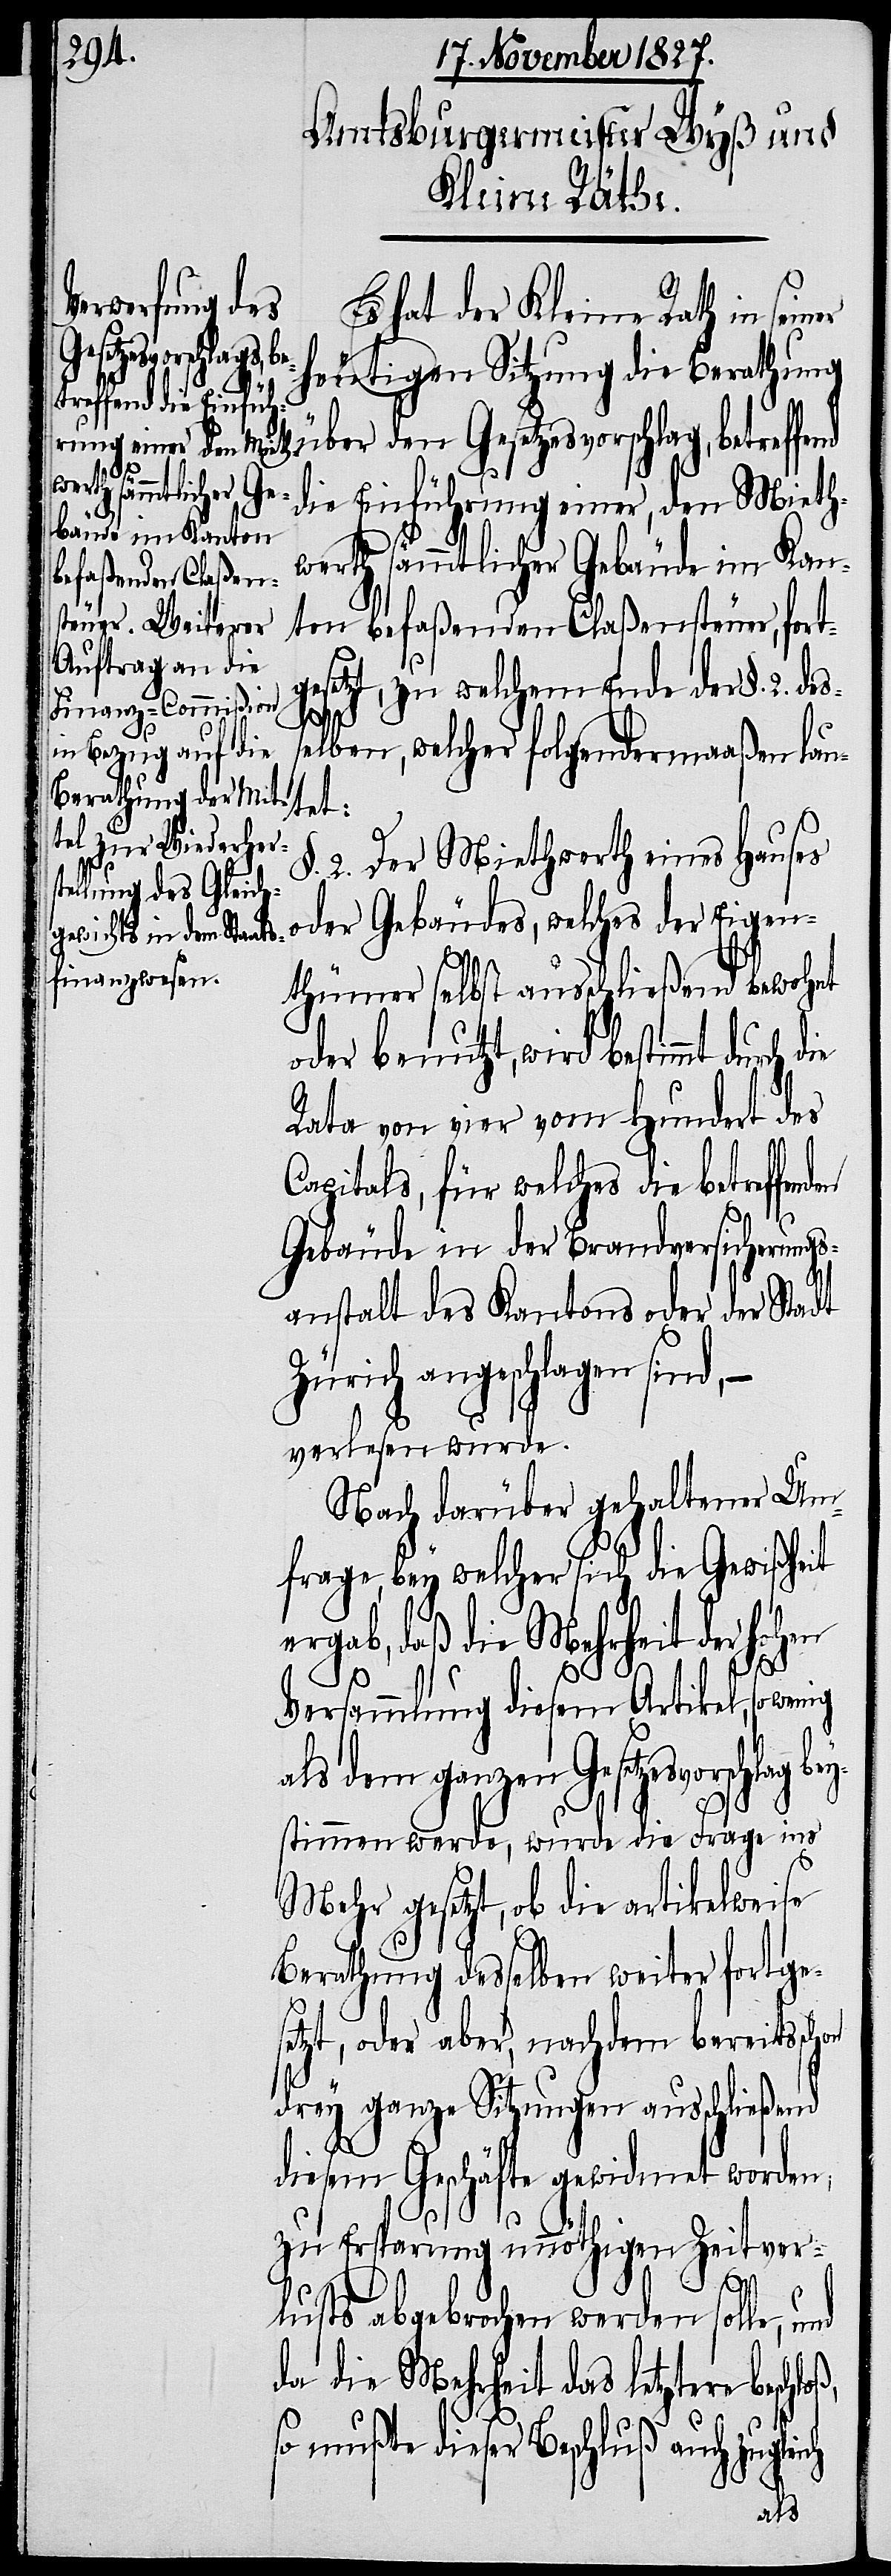
Es hat der Kleine Rath in seiner
heutigen Sitzung die Berathung
ch
die Einführung einer, den Mieth¬
werth sämmtlicher Gebäude im Kan¬
ton befaßender Claßensteuer, fort¬
setzt, zu welchem Ende der §. 2.
on
selben, welcher folgendermaaßen lau¬
tet:
§. 2. Der Miethwerth eines Hauses
oder Gebäudes, welches der Eigen¬
thümer selbst ausschließend bewohnt
oder benutzt, wird bestimmt durch die
Rata von vier vom Hundert des
Capitals, für welches die betreffen¬
Gebäude in der Brandversicherungs¬
anstalt des Kantons oder der Stadt
Zürich angeschlagen sind,
verlesen wurde.
Nach darüber gehaltener Um¬
frage, bey welcher sich die Gewißheit
rgab, daß die Mehrheit der hohen
Versammlung diesem Artikel, so wenig
als dem ganzen Gesetzesvorschlag
stimmen werde, wurde die Frage ins
Mehr gesetzt, ob die artikelweise
Berathung desselben weiter fortge¬
setzt, oder aber, nachdem bereits sch¬
drey ganze Sitzungen ausschließend
diesem Geschäfte gewidmet worden,
zu Ersparung unnöthigen Zeitver¬
loß,
lusts abgebrochen werden solle,
da die Mehrheit das letztere besch¬
so mußte dieser Beschluß auch zuglei¬